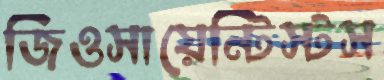
জিওসায়েন্টিস্টস